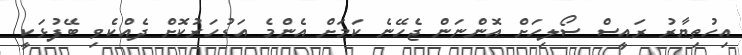
އިހުތިޔާރު ރައީސް ސޯލިހަށް އޮންނަން ޖެހޭނެ ކަމަށް އެންމެ އަޑުހަރުކޮށް ދެއްކެވި ބޭފުޅަކީ